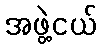
အဖွဲ့ငယ်